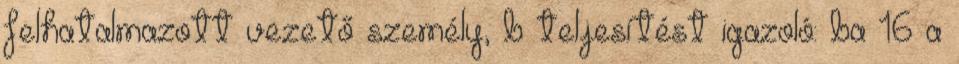
felhatalmazott vezető személy, b teljesítést igazoló: ba 16 a